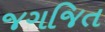
જગજિત